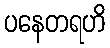
ပနေတရဟိ